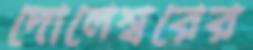
দোলেশ্বরের